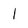
Character: 1